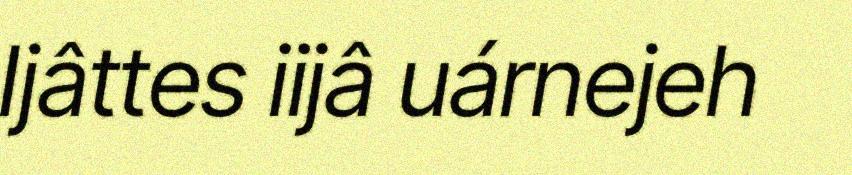
Ijâttes iijâ uárnejeh